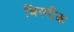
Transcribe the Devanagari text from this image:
बिस्पीक